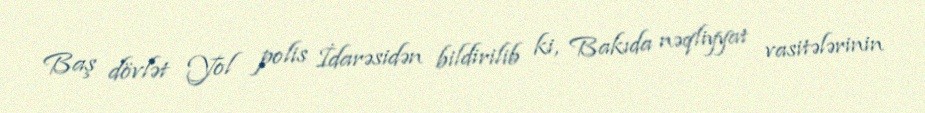
Baş dövlət Yol polis İdarəsidən bildirilib ki, Bakıda nəqliyyat vasitələrinin